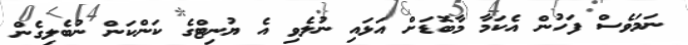
ނަމަވެސް ފަހުން އެކަމާ މާބޮޑަށް އަޅައި ނުލެވި އެ ޔުނިޓްގެ ކަންކަން ނުބެލިގެން